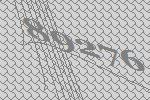
89276